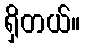
ရှိတယ်။